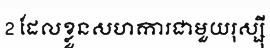
2 ដែលខ្លួនសហការជាមួយរុស្ស៉ី